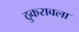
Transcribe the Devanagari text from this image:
ठुकरावला